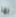
بها